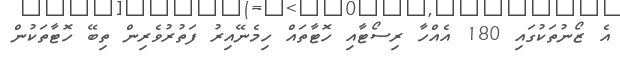
އެ ޒޯނުތަކުގައި 180 އެއްހާ ރިސޯޓާއި ހޮޓާތައް ހިމެނޭއިރު ފަތުރުވެރިން ތިބޭ ހޮޓާތަކުން